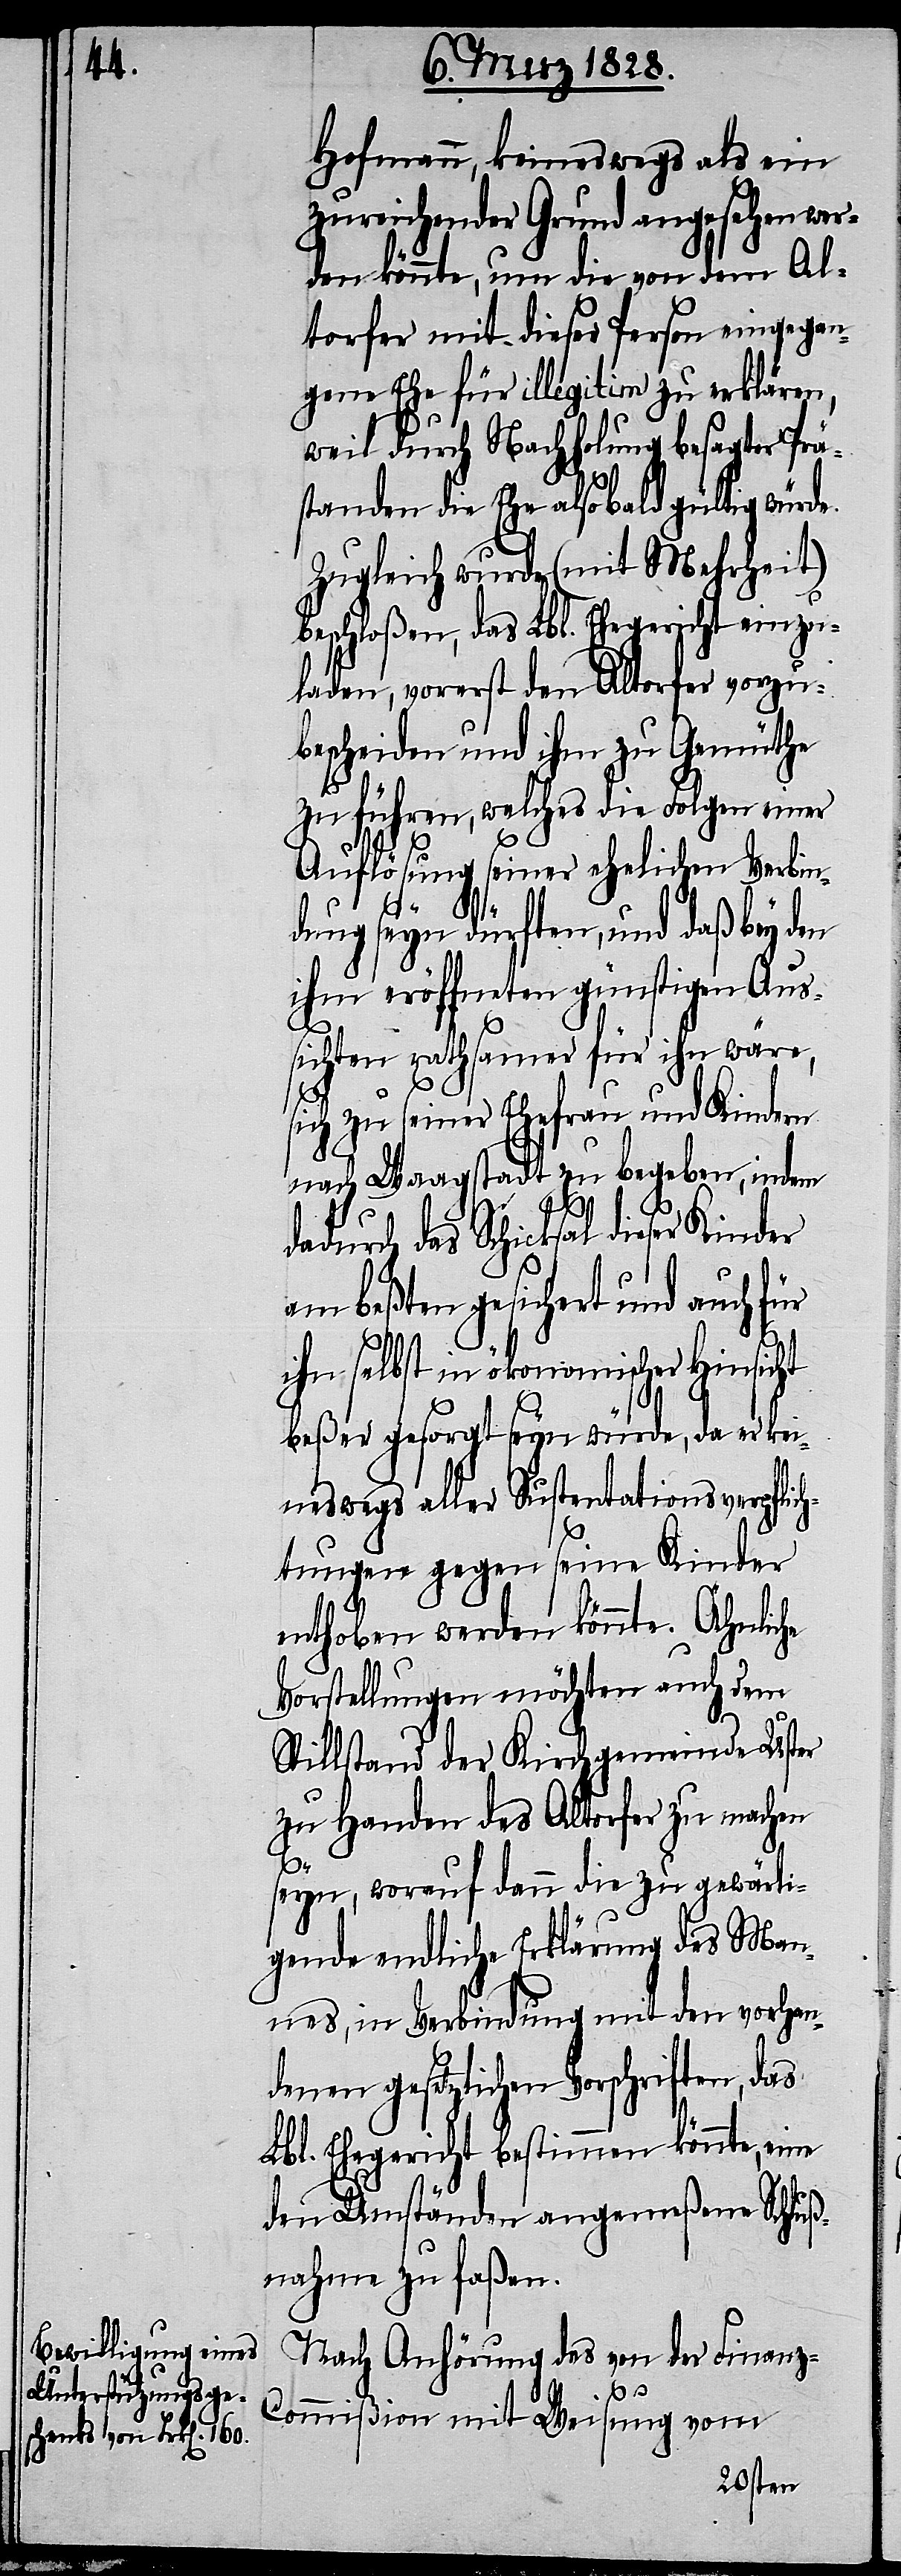
Hofmann, keineswegs als ein
zureichender Grund angesehen wer¬
den könnte, um die von dem Al¬
torfer mit dieser Person eingegan¬
gene Ehe für illegitim zu erklären,
weil durch Nachholung besagter Prä¬
standen die Ehe also bald gültig würde.
Zugleich wurde (mit Mehrheit)
beschloßen, das Lbl. Ehegericht einzu¬
laden, vorerst den Altorfer vorzu¬
bescheiden und ihm zu Gemüthe
zu führen, welches die Folgen einer
Auflösung seiner ehelichen Verbin¬
dung seyn dürften, und daß bey den
ihm eröffneten günstigen Aus¬
sichten rathsamer für ihn wäre,
sich zu seiner Ehefrau und Kindern
nach Waagstadt zu begeben, indem
dadurch das Schicksal dieser
am beßten gesichert und auch für
ihn selbst in ökonomischer Hinsicht
beßer gesorgt seyn würde, da er kei¬
neswegs aller Sustentationsverpflich¬
tungen gegen seine Kinder
enthoben werden könnte. Ähnliche
Vorstellungen möchten auch dem
Stillstand der Kirchgemeinde Uster
zu Handen des Altorfer zu machen
seyn, worauf dann die zu gewärti¬
gende endliche Erklärung des Man¬
nes, in Verbindung mit den vorhan¬
denen gesetzlichen Vorschriften, das
Lbl. Ehegericht bestimmen könnte, eine
den Umständen angemeßene Schluß¬
nahme zu faßen.
Nach Anhörung des von der Finan¬
z-Commißion mit Weisung vom